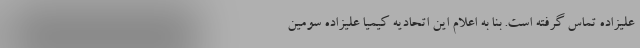
علیزاده تماس گرفته است. بنا به اعلام این اتحادیه کیمیا علیزاده سومین